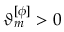
\vartheta _ { m } ^ { [ \phi ] } > 0